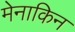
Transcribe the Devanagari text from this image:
मेनाकिन